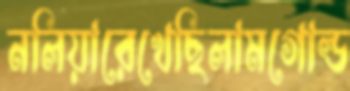
নলিয়ারেখেছিলামগোল্ড